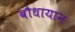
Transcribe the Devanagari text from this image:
बौधायान